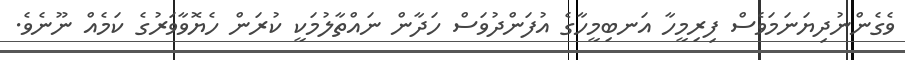
ވެގެންނުދިޔަނަމަވެސް ފިރިމީހާ އަނބިމީހާގެ އުފަންދުވަސް ހަދާން ނައްތާލުމަކީ ކުރަން ހެޔޮވާވަރުގެ ކަމެއް ނޫނެވެ.